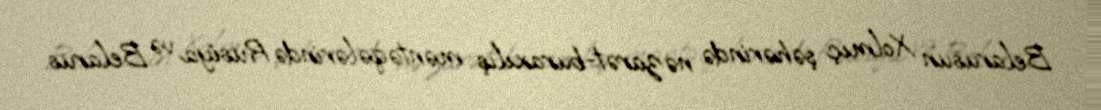
Belarusun Xolmıç şəhərində nəzarət-buraxılış məntəqələrində Rusiya və Belarus